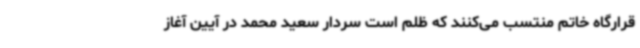
قرارگاه خاتم منتسب می‌کنند که ظلم است سردار سعید محمد در آیین آغاز